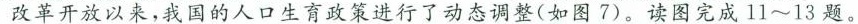
改革开放以来，我国的人口生育政策进行了动态调整(如图7)。读图完成11~13题。